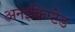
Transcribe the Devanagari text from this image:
अनइंक्रिप्टेड